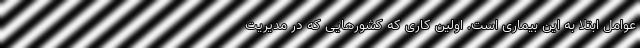
عوامل ابتلا به این بیماری است. اولین کاری که کشورهایی که در مدیریت